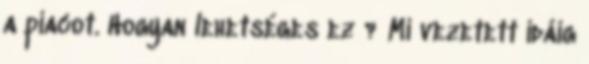
a piacot. Hogyan lehetséges ez ? Mi vezetett idáig